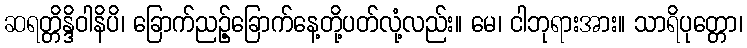
ဆရတ္တိန္ဒိဝါနိပိ၊ ခြောက်ညဉ့်ခြောက်နေ့တို့ပတ်လုံ့လည်း။ မေ၊ ငါဘုရားအား။ သာရိပုတ္တော၊